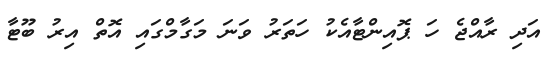
އަދި ރާއްޖެ ހަ ޕޮއިންޓާއެކު ހަތަރު ވަނަ މަގާމްގައި އޮތް އިރު ބޫޓާ